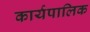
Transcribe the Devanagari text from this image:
कार्यपालिक